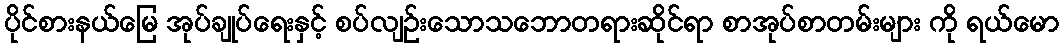
ပိုင်စားနယ်မြေ အုပ်ချုပ်ရေးနှင့် စပ်လျဉ်းသောသဘောတရားဆိုင်ရာ စာအုပ်စာတမ်းများ ကို ရယ်မော